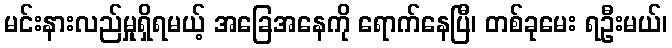
မင်းနားလည်မှုရှိရမယ့် အခြေအနေကို ရောက်နေပြီ၊ တစ်ခုမေး ရဦးမယ်၊